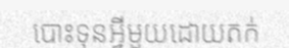
បោះទុនអ្វីមួយដោយតក់